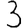
Digit: 3